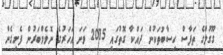
ގޫގުލްގެ ތަފާސް ހިސާބުތަކުން ދައްކާ ގޮތުގައި 2015 ވަނަ އަހަރުގެ ނޮވެމްބަރުން ފެށިގެން